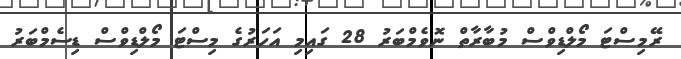
ރޭމިސްޓަ މޯލްޑިވްސް މުބާރާތް ނޮވެމްބަރު 28 ގައިމި އަހަރުގެ މިސްޓަ މޯލްޑިވްސް ޑިސެމްބަރު